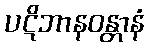
ပဋိဘာနဝန္တာနံ